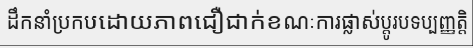
ដឹកនាំប្រកបដោយភាពជឿជាក់ខណៈការផ្លាស់ប្តូរបទប្បញ្ញត្តិ